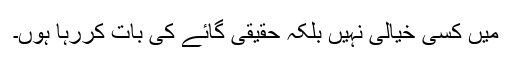
میں کسی خیالی نہیں بلکہ حقیقی گائے کی بات کررہا ہوں۔